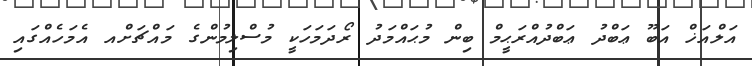
އަލްއަޚް އަބޫ ޢަބްދު ޢަބްދުއްރަޙީމް ބިން މުޙައްމަދު ރޯދަމަހަކީ މުސްލިމުންގެ މައްޗަށްއ އެމަހެއްގައި